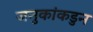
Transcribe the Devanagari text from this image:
जनुकांकडुन